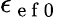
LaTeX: \epsilon_{\mathrm{~e~f~0~}}